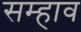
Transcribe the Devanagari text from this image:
सम्हाव